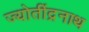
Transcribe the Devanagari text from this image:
ज्योतींद्रनाथ